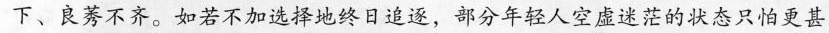
下、良莠不齐。如若不加选择地终日追逐，部分年轻人空虚迷茫的状态只怕更甚。